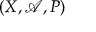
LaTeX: ( X , { \mathcal { A } } , P )